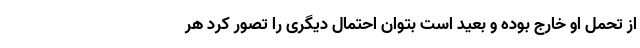
از تحمل او خارج بوده و بعید است بتوان احتمال دیگری را تصور کرد هر